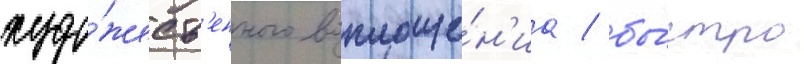
худо́жеств'енного воплоще́н'иа / бы́стро